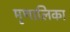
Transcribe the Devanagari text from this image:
मृणालिका